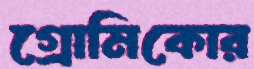
গ্রোমিকোর